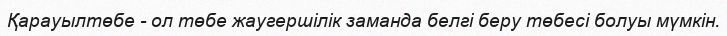
Қарауылтөбе - ол төбе жаугершілік заманда белгі беру төбесі болуы мүмкін.